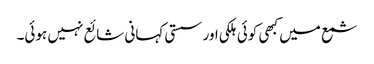
شمع میں کبھی کوئی ہلکی اور سستی کہانی شائع نہیں ہوئی۔